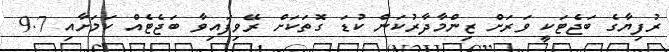
ރުފިޔާގެ ބަޖެޓަކީ ވަރަށް ޒިންމާދާރުކަން ކުޑަ ގޮތަކަށް ރޭވިފައިވާ ބަޖެޓެއް ކަމަށާއި 9.7